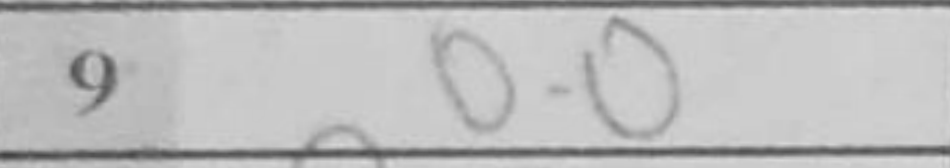
Transcription: O-O